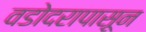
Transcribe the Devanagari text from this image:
वडोदरापासून